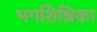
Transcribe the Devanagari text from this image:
भगशिश्निका